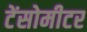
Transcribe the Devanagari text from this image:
टेंसोमीटर